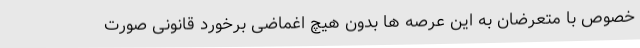
خصوص با متعرضان به این عرصه ها بدون هیچ اغماضی برخورد قانونی صورت